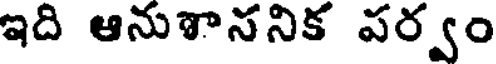
ఇది ఆనుశాననిక పర్వం